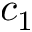
c _ { 1 }